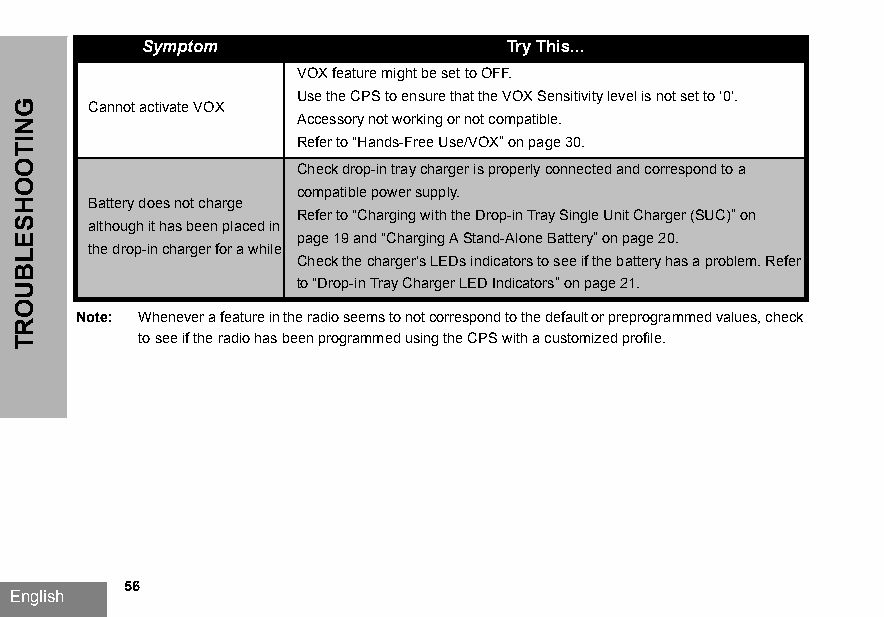
Symptom                 Try This...
 VOX feature might be set to OFF.
 Use the CPS to ensure that the VOX Sensitivity level is not set to ‘0’.
 Cannot activate VOX
 Accessory not working or not compatible.
 Refer to “Hands-Free Use/VOX” on page30.
 Check drop-in tray charger is properly connected and correspond to a
 compatible power supply.
 Battery does not charge
 Refer to “Charging with the Drop-in Tray Single Unit Charger (SUC)” on
 although it has been placed in
 page19 and “Charging A Stand-Alone Battery” on page20.
 the drop-in charger for a while
 Check the charger’s LEDs indicators to see if the battery has a problem. Refer
 to “Drop-in Tray Charger LED Indicators” on page21.
 Note: Whenever a feature in the radio seems to not correspond to the default or preprogrammed values, check
 to see if the radio has been programmed using the CPS with a customized profile.
 56
 English
 GNITOOHSELBUORT